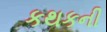
કથકની